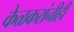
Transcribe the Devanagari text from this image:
केळकरांनीही